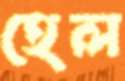
হেল